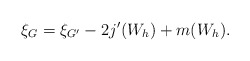
\begin{align*}\xi_G=\xi_{G^{\prime}}-2j^{\prime}(W_h)+m(W_h).\end{align*}